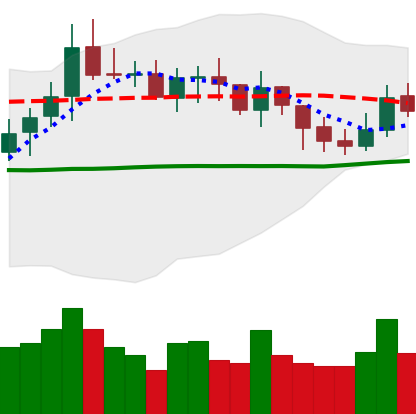
Ticker: XMR-USD
Chart end date: 2021-10-22
Forward return: -3.998%
Label: down_3_5